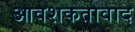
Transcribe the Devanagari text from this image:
आवशकतावाद